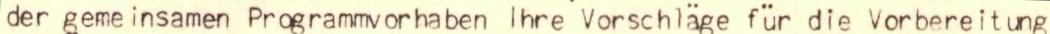
der geme insamen Programmvorhaben lhre Vorschläge für die Vorbereitung